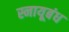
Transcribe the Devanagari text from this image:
स्नायूबंध